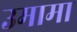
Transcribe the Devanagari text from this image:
उमामा